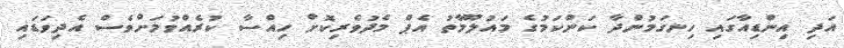
އަދި އިންޑިއާގައި ހިނގަމުންދާ ކަންކަމުގެ މައުލޫމާތު އެޕް މެދުވެރިކޮށް ހިއްސާ ކުރެއްވުމަށްވެސް އެދިވަޑައި